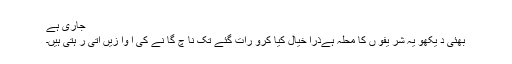
جاری ہے
بھئی د یکھو یہ شر یفو ں کا محلہ ہےذرا خیال کیا کرو رات گئے تک نا چ گا نے کی آ وا زیں آتی ر ہتی ہیں۔